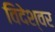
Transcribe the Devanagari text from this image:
विदेश्वर